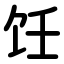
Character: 饪